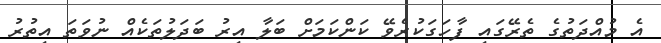
އެ މުއްދަތުގެ ތެރޭގައި ފާހަގަކުރެވޭ ކަންކަމަށް ބަލާ އިރު ބަދަލުތަކެއް ނުވަތަ އިތުރު